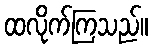
ထလိုက်ကြသည်။